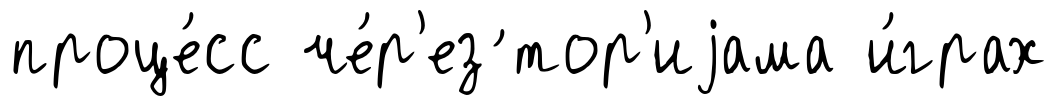
проце́сс че́р'ез ́тор'иjама и́грах